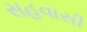
સહવાસી